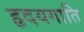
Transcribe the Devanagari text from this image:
हृदयगाति